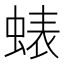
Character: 𮔘